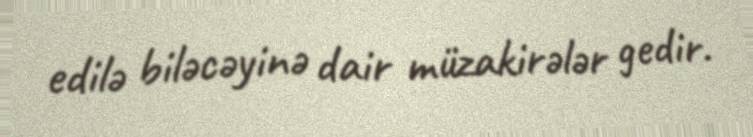
edilə biləcəyinə dair müzakirələr gedir.